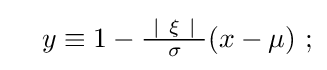
\quad y\equiv 1-{\tfrac {\ |\ \xi \ |\ }{\sigma }}(x-\mu )\ ;